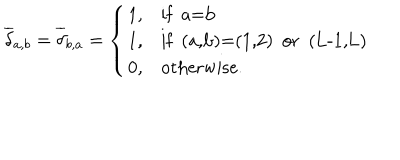
\overline { { { \delta } } } _ { a , b } = \overline { { { \delta } } } _ { b , a } = \left\{ \begin{array} { l l } { { 1 , } } & { { \mathrm { i f ~ a = b ~ } } } \\ { { 1 , } } & { { \mathrm { i f ~ ( a , b ) = ( 1 , 2 ) ~ o r ~ ( L - 1 , L ) ~ } } } \\ { { 0 , } } & { { \mathrm { o t h e r w i s e . } } } \\ \end{array} \right.